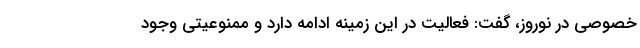
خصوصی در نوروز، گفت: فعالیت در این زمینه ادامه دارد و ممنوعیتی وجود